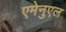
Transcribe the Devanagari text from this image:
एमेनुएल